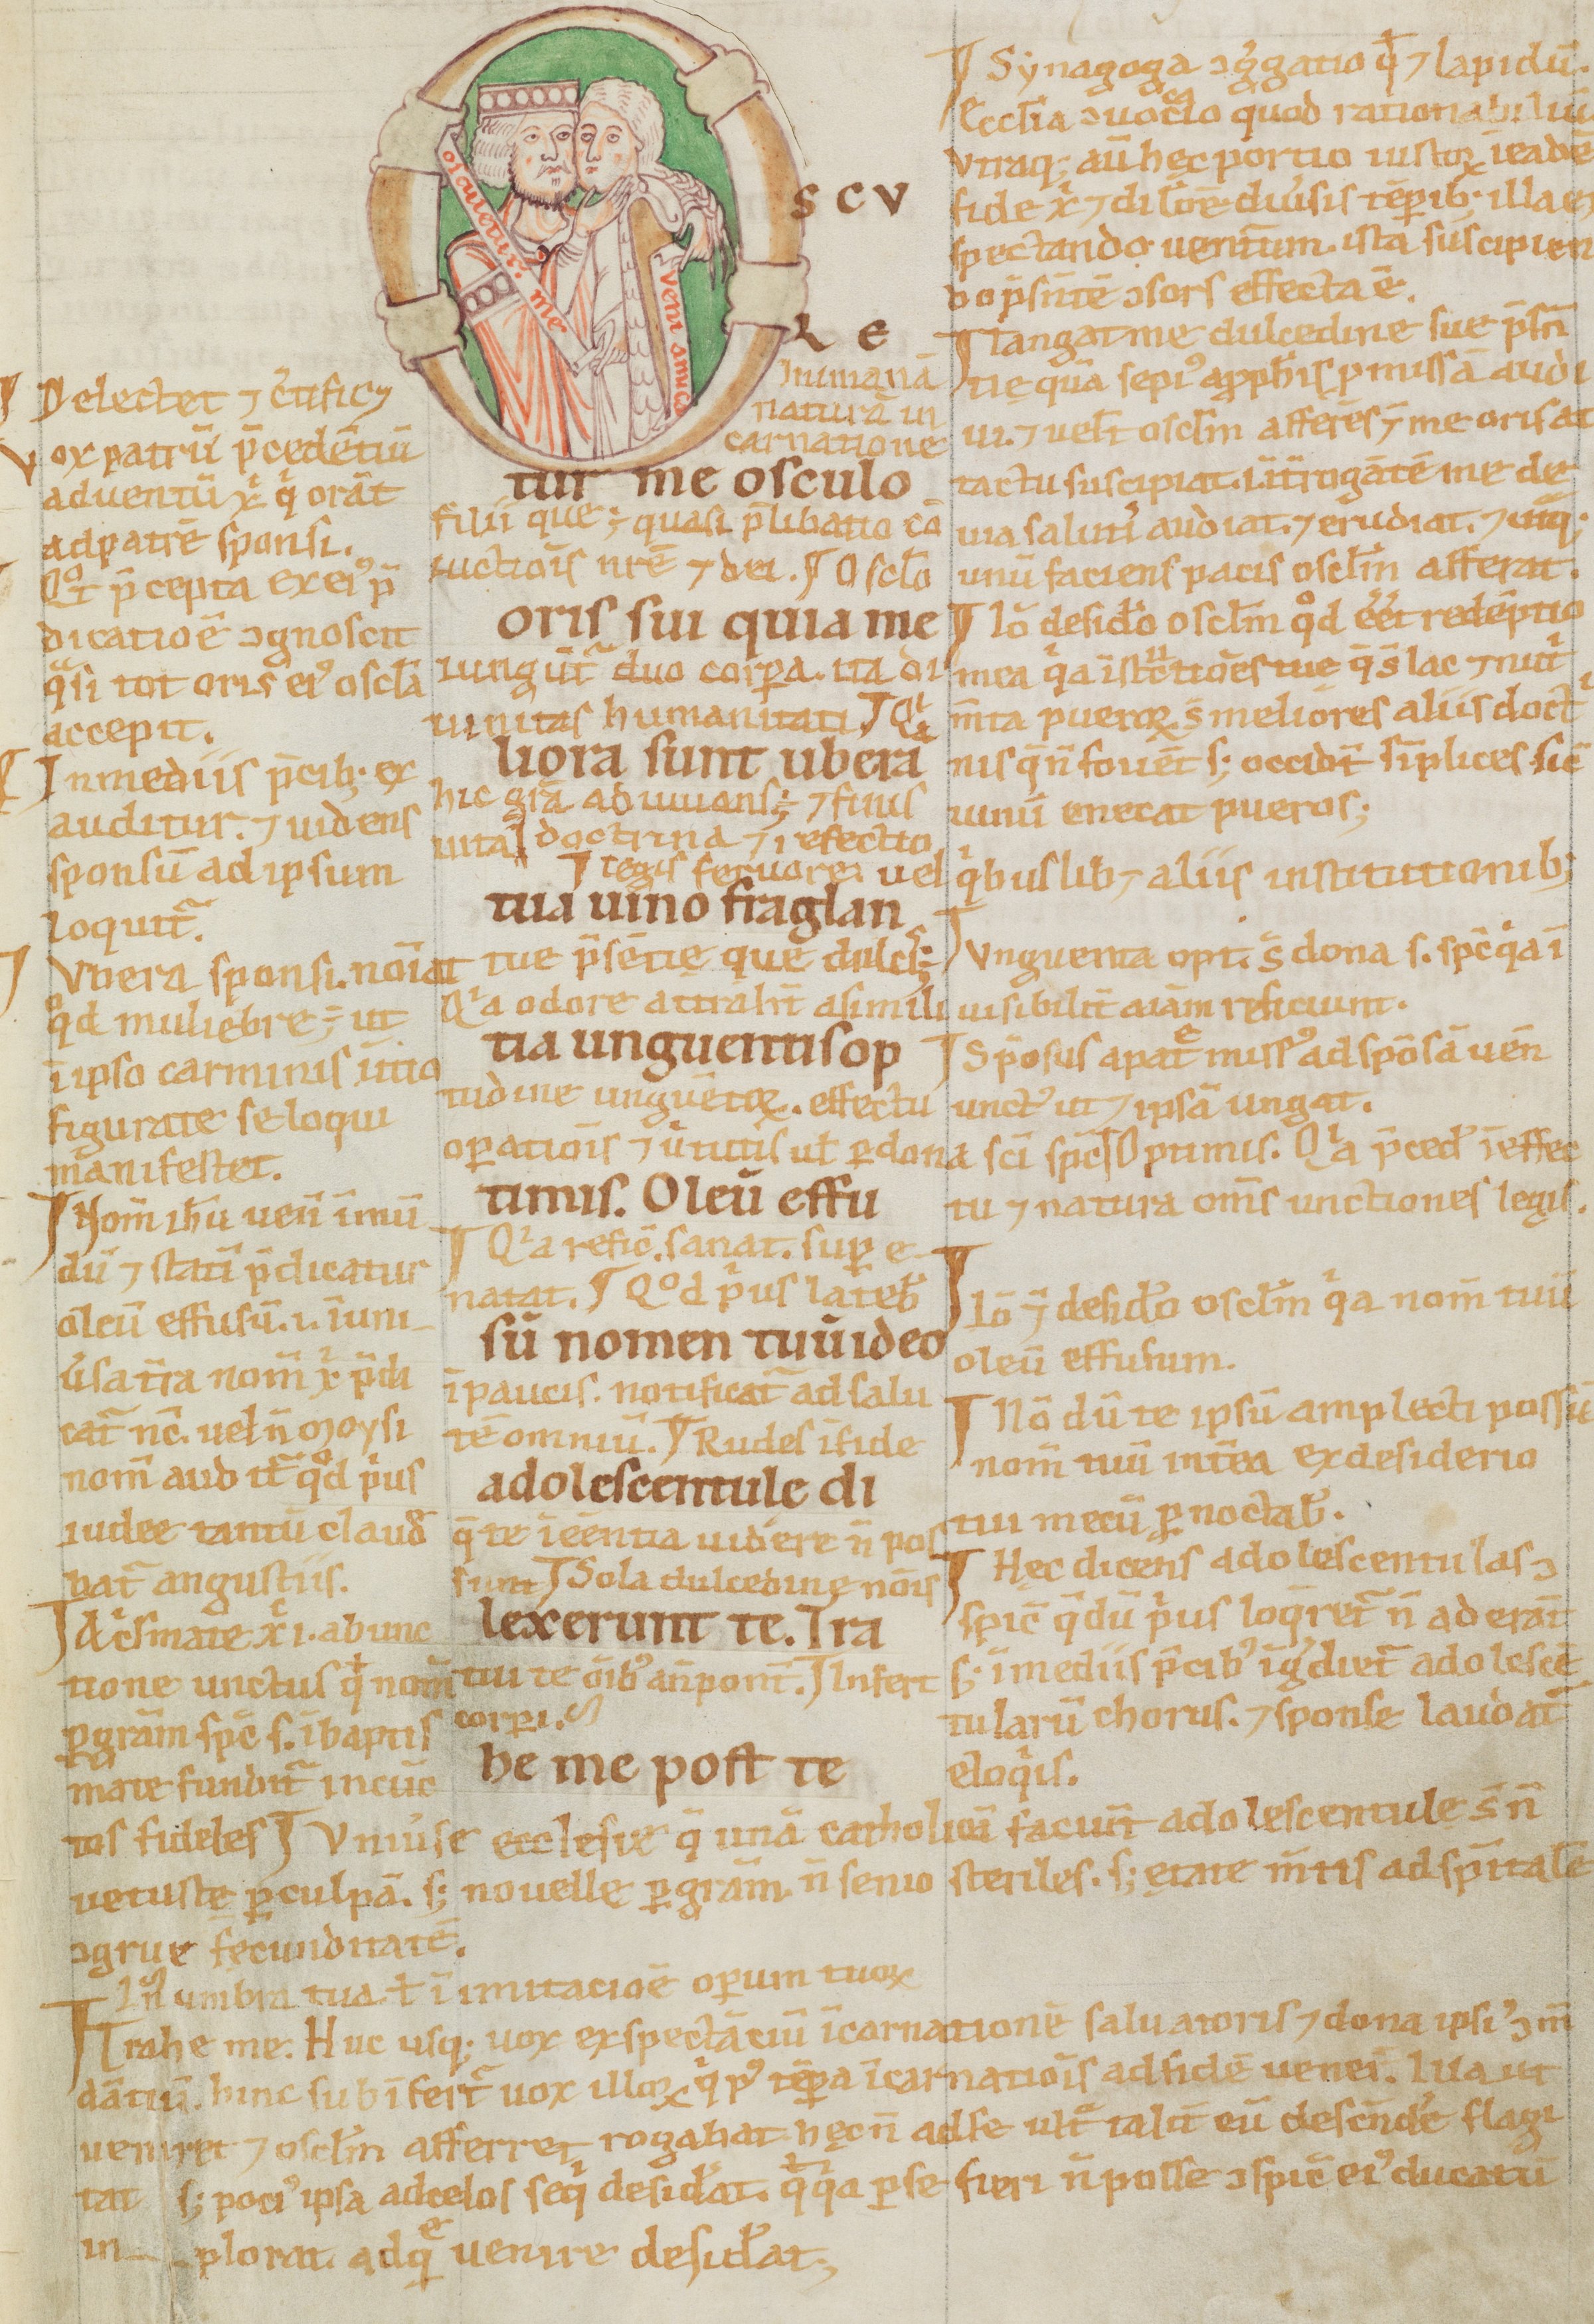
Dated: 1100–1199